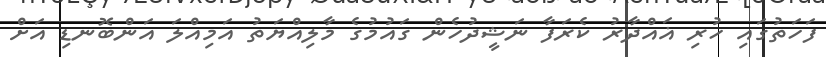
ފަހަތުގައި ހުރި ޣައްދާރު ކެރަފާ ނަޝީދުހެން ގައުމުގެ މާލިއްޔަތު އަމިއްލަ އަންބޮނޑި އަށް